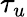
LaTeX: \tau_{u}